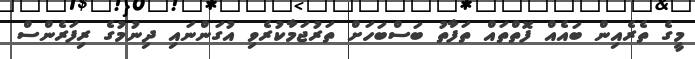
މީގެ ތެރެއިން ބައެއް ފޮތްތައް ތަފާތު ބަސްބަހަށް ތަރުޖަމާކުރެވި އުގަންނައި ދިނުމުގެ ރިފަރެންސް